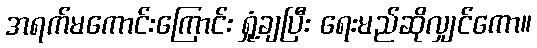
အရက်မကောင်းကြောင်း ရှုံ့ချပြီး ရေးမည်ဆိုလျှင်ကော။